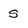
Character: s